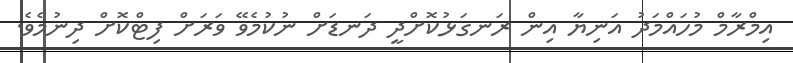
އިމްރާމް މުހައްމަދު އަނިޔާ އިން ރަނގަޅުކޮށްދީ ދަނޑަށް ނުކުމެވޭ ވަރަށް ފިޓްކޮށް ދިނުމެވެ.